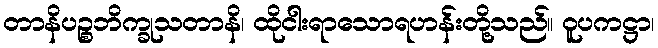
တာနိပဉ္စဘိက္ခုသတာနိ၊ ထိုငါးရာသောရဟန်းတို့သည်။ ဝူပကဋ္ဌာ၊